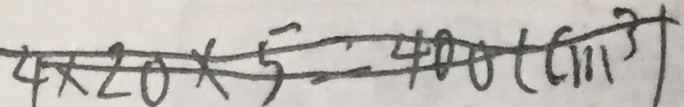
4 \times 2 0 \times 5 = 4 0 0 ( c m ^ { 3 } )